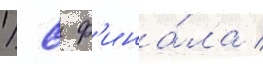
1/ 8 ф'ина́ла /